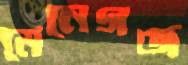
মেনেগজ